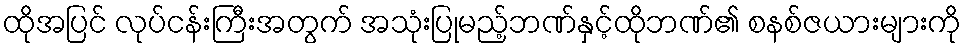
ထိုအပြင် လုပ်ငန်းကြီးအတွက် အသုံးပြုမည့်ဘဏ်နှင့်ထိုဘဏ်၏ စနစ်ဇယားများကို